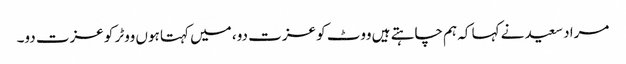
مراد سعید نے کہا کہ ہم چاہتے ہیں ووٹ کو عزت دو، میں کہتا ہوں ووٹر کو عزت دو۔